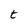
Character: t